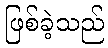
ဖြစ်ခဲ့သည်